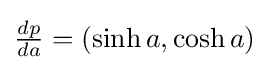
{\tfrac {dp}{da}}=(\sinh a,\cosh a)